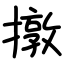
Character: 撴